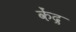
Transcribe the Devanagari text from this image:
केंद्र